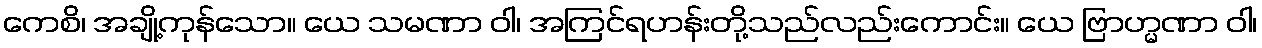
ကေစိ၊ အချို့ကုန်သော။ ယေ သမဏာ ဝါ၊ အကြင်ရဟန်းတို့သည်လည်းကောင်း။ ယေ ဗြာဟ္မဏာ ဝါ၊